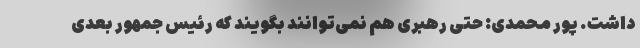
داشت. پور محمدی: حتی رهبری هم نمی‌توانند بگویند که رئیس جمهور بعدی